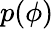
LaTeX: p(\phi)